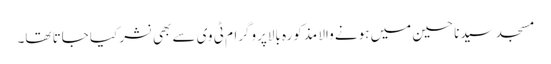
مسجد سیدنا حسین میں ہونے والا مذکورہ بالاپروگرام ٹی وی سے بھی نشر کیا جاتا تھا۔